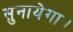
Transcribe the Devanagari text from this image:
सुनायेगा।